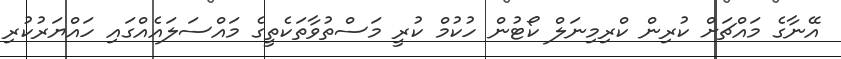
އޭނާގެ މައްޗަށް ކުރިން ކްރިމިނަލް ކޯޓުން ހުކުމް ކުރީ މަސްތުވާތަކެތީގެ މައްސަލައެއްގައި ހައްޔަރުކުރި